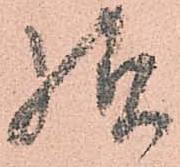
様